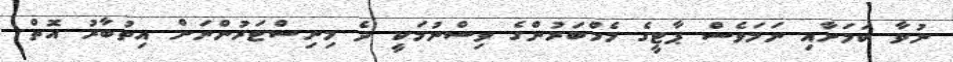
ނުވާ ކަމަށާއި ނަމަވެސް ޕާޓީގެ މެމްބަރުންގެ ވިސްނުމަކީ ދެ މިނިސްޓަރުންނަށް އިތުބާރު އޮތް